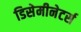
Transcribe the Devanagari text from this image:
डिसेमीनेटर्स